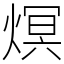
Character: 熐